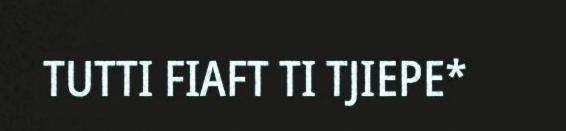
TUTTI FIAFT TI TJIEPE*